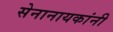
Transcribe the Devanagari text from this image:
सेनानायकांनी